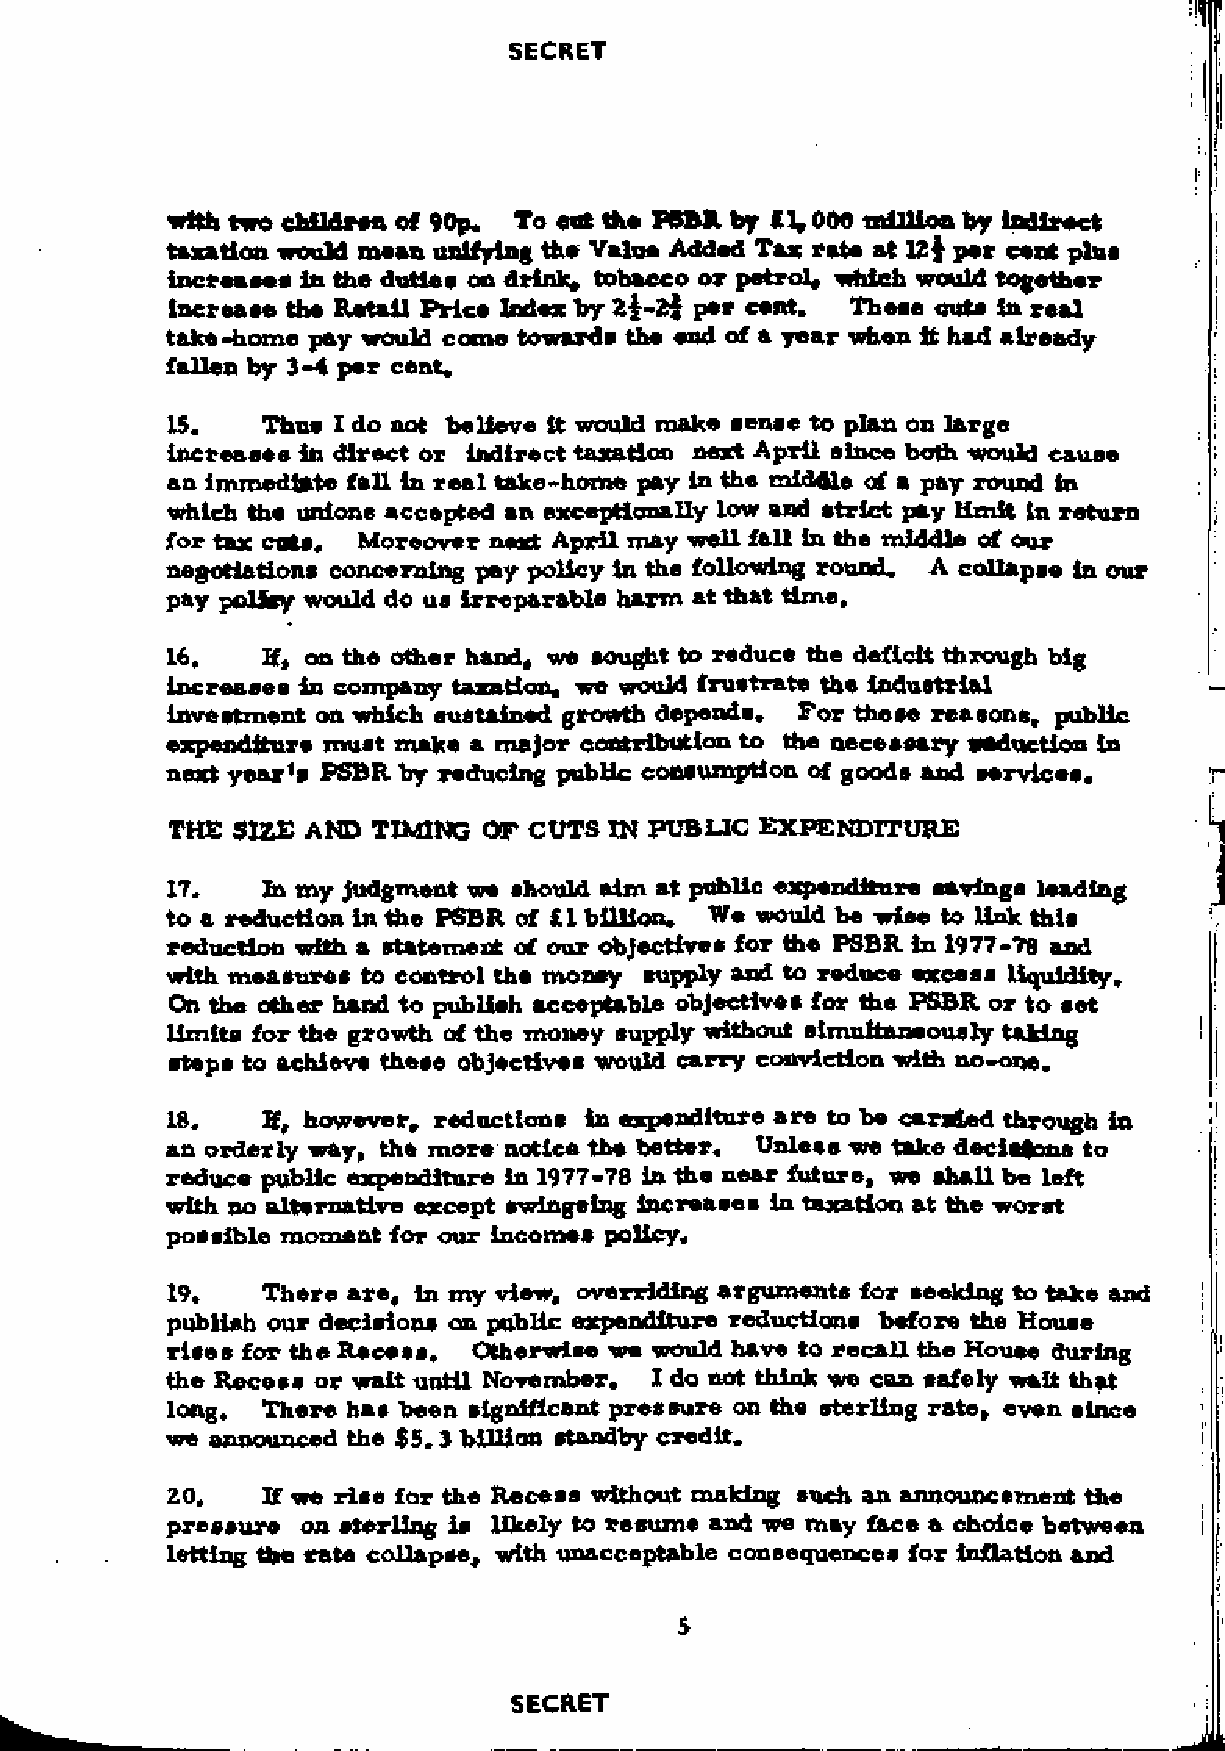
with two children of 90p. To out the PSBR by £L000 million by indirect
 taxation would mean unifying the Value Added Tax rate at 12$ per cent plus
 increases In the duties on drink, tobacco or petrol, which would together
 increase the Retail Price Index by 21 -2$ per cent. These cuts in real
 take-home pay would come towards the end of a year when ft had already
 fallen by 3-4 per cent.
 15.   Thus I do not believe it would make sense to plan on large
 increases In direct or indirect taxation next April since both would cause
 an immediate fall in real take-home pay in the middle of a pay round in
 which the unions accepted an exceptionally low and strict pay limit in return
 for tax cats. Moreover next April may well fall in the middle of our
 negotiations concerning pay policy in the following round. A collapse in our
 pay polity would do us irreparable harm at that time.
 16.   K, on the other hand, we sought to reduce the deficit through big
 increases In company taxation, we would frustrate the industrial
 investment on which sustained growth depends. For these reasons, public
 expenditure must make a major contribution to the necessary adduction in
 next year'9 PSBR by reducing public consumption of goods and services.
 THE SIZE AND  TIMING OF CUTS IN PUBLIC EXPENDITURE
 17.   Ih my judgment we should aim at public expenditure savings leading
 to a reduction in the PSBR of £1 billion. We would be wise to link this
 reduction with a statement of our objectives for the PSBR in 1977-78 and
 with measures to control the money supply and to reduce excess liquidity.
 On the other hand to publish acceptable objectives for the PSBR or to set
 limits for the growth of the money supply without simultaneously taking
 steps to achieve these objectives would carry conviction with no-one.
 18.   H, however, reductions In expenditure are to be carried through In
 an orderly way, the more notice the better. Unless we take decisions to
 reduce public expenditure In 1977-78 in the near future, we shall be left
 with no alternative except swingeing Increases In taxation at the worst
 possible moment for our incomes policy.
 19.   There are, in my view, overriding arguments for seeking to take and
 publish our decisions on public expenditure reductions before the House
 rise8 for the Recess. Otherwise we would have to recall the House during
 the Recess or wait until November. I do not think we can safely waft that
 long. There has been significant pressure on the sterling rate, even since
 we announced the $5.3 billion standby credit.
 20.   If we rise for the Recess without making such an announcement the
 pressure on sterling is likely to resume and we may face a choice between
 letting the rate collapse, with unacceptable consequences for inflation and